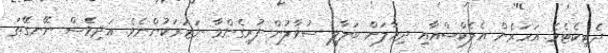
ދެޓިކެޓެވެ. އަހަރެން އެލެކްސްއާއި ދިމާލަށް ބަލާލީ ސުވާލުން ފުރިގެންވާ ނަޒަރަކުންނެވެ. އަދިވެސް ނޭނގޭތަ